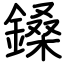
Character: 鎟